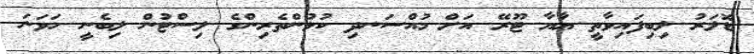
ޑޮލަރު ލިބިފައިވާތީ ޔާޔާ ޓޫރޭ އަށް މުއްސަނދި ކުޅުންތެރިންގެ ލިސްޓުން ލިބެނީ ހަވަނަ